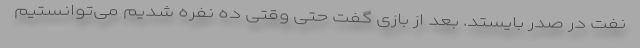
نفت در صدر بایستد. بعد از بازی گفت حتی وقتی ده نفره شدیم می‌توانستیم